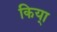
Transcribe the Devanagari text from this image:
किया्